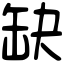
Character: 缺